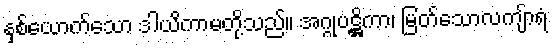
နှစ်ယောက်သော ဒါယိကာမတို့သည်။ အဂ္ဂုပဋ္ဌိကာ၊ မြတ်သောလကျ်ာရံ